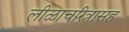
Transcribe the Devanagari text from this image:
लीळाचरित्रासह